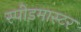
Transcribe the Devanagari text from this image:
स्पीडमास्टर